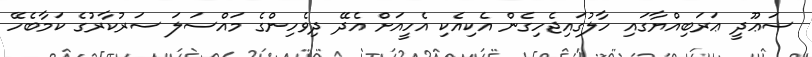
ސަޢޫދީ ޢަރަބިއްޔާގައި ހާލުގައިޖެހިގެން އެކިއެކި އެހީއަށް އެދޭ ދިވެހިންގެ މައްސަލަ ސަރުކާރުގެ ކަމާބެހޭ